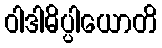
ဝါဒါဓိပ္ပါယောတိ